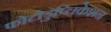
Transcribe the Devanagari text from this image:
फोटोडुप्लिकेशन